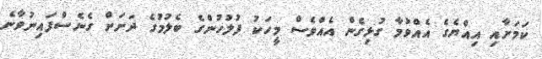
ކަމަށާއި އިއްޔެގެ އެއްވުމާ ގުޅިގެން އެއްވެސް މީހަކު ފުލުހުންގެ ބެލުމުގެ ދަށަށް ގެނެސްފައިނުވާނެ